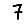
Digit: 7